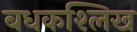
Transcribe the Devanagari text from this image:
बधकश्लिख